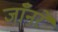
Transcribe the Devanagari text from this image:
जाँनरे